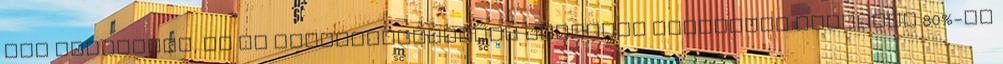
egy pozícióra, ha az álláshirdetésben megadott elvárások legalább 80%-át